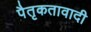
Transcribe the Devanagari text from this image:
पैतृकतावादी